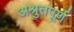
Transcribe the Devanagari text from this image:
अश्रुतपूर्ण